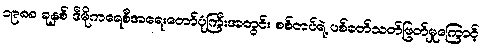
၁၉၈၈ ခုနှစ် ဒီမိုကရေစီအရေးတော်ပုံကြီးအတွင်း စစ်တပ်ရဲ့ ပစ်ခတ်သတ်ဖြတ်မှုကြောင့်